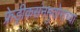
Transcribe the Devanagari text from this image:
फ्रेड्रीकसंनमुतोराच्या